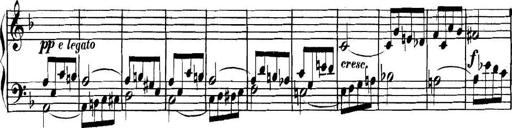
Title: Collected Piano Sonatas
Composer: Muzio Clementi